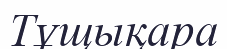
Тұщықара